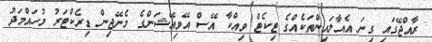
ރާއްޖޭގައި ގިނަ އެއާލައިންތަކެއްގެ ޓިކެޓް ވިއްކާ އޭސް އޭވިއޭޝަންގެ މެނޭޖިން ޑިރެކްޓަރު މުހައްމަދު